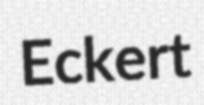
Eckert